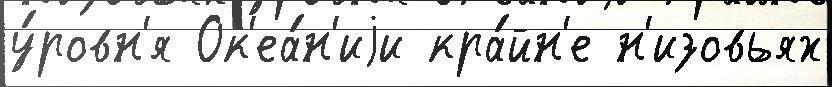
у́ровн'я Ок'еа́н'иjи кра́йн'е н'изовьях